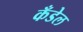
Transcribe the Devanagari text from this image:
कँडेल